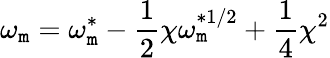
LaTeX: \omega_{\mathtt{m}}=\omega_{\mathtt{m}}^{*}-\frac{{1}}{{2}}\chi\omega_{\mathtt{m}}^{*1/2}+\frac{{1}}{{4}}\chi^{2}